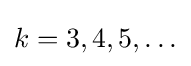
k=3,4,5,\ldots